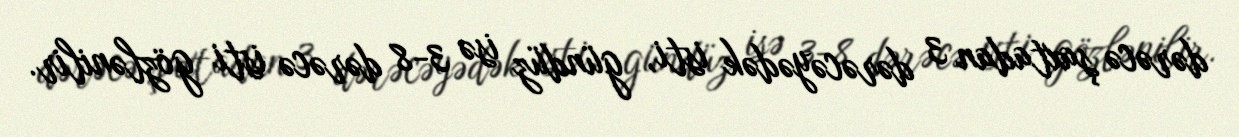
dərəcə şaxtadan 3 dərəcəyədək isti, gündüz isə 3-8 dərəcə isti gözlənilir.